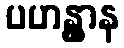
ပဟန္တွာန